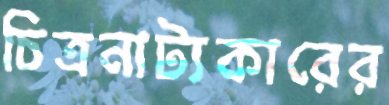
চিত্রনাট্যকারের